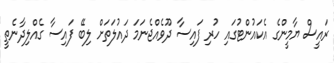
ރައީސް ޔާމީންގެ އެކައުންޓުގައި ހުރި ފައިސާ ދޫވެއްޖެނަމަ ދައުލަތަށް ލިބޭ ފައިސާ ގެއްލިދާނެތީ